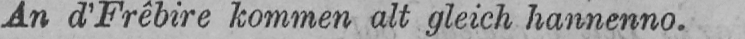
An d’Frêbire kommen alt gleich hannenno.